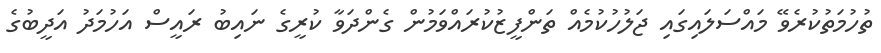
ތުހުމަތުކުރެވޭ މަައްސަލައިގައި ޖަލުހުކުމެއް ތަންފީޒުކުރައްވަމުން ގެންދަވާ ކުރީގެ ނައިބު ރައީސް އަހުމަދު އަދީބުގެ